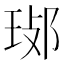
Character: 𤥸